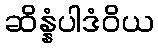
ဆိန္နံပါဒံဝိယ